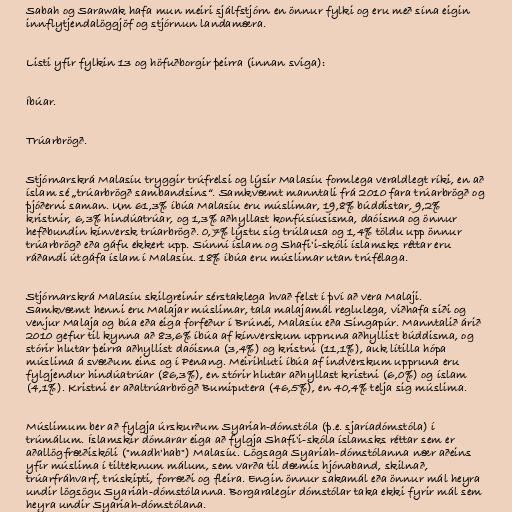
Sabah og Sarawak hafa mun meiri sjálfstjórn en önnur fylki og eru með sína eigin
innflytjendalöggjöf og stjórnun landamæra.

Listi yfir fylkin 13 og höfuðborgir þeirra (innan sviga):

Íbúar.

Trúarbrögð.

Stjórnarskrá Malasíu tryggir trúfrelsi og lýsir Malasíu formlega veraldlegt ríki, en að
íslam sé „trúarbrögð sambandsins“. Samkvæmt manntali frá 2010 fara trúarbrögð og
þjóðerni saman. Um 61,3% íbúa Malasíu eru múslimar, 19,8% búddistar, 9,2%
kristnir, 6,3% hindúatrúar, og 1,3% aðhyllast konfúsíusisma, daóisma og önnur
hefðbundin kínversk trúarbrögð. 0,7% lýstu sig trúlausa og 1,4% töldu upp önnur
trúarbrögð eða gáfu ekkert upp. Súnní íslam og Shafi'i-skóli íslamsks réttar eru
ráðandi útgáfa íslam í Malasíu. 18% íbúa eru múslimar utan trúfélaga.

Stjórnarskrá Malasíu skilgreinir sérstaklega hvað felst í því að vera Malaji.
Samkvæmt henni eru Malajar múslimar, tala malajamál reglulega, viðhafa siði og
venjur Malaja og búa eða eiga forfeður í Brúnei, Malasíu eða Singapúr. Manntalið árið
2010 gefur til kynna að 83,6% íbúa af kínverskum uppruna aðhyllist búddisma, og
stórir hlutar þeirra aðhyllist daóisma (3,4%) og kristni (11,1%), auk lítilla hópa
múslima á svæðum eins og í Penang. Meirihluti íbúa af indverskum uppruna eru
fylgjendur hindúatrúar (86,3%), en stórir hlutar aðhyllast kristni (6,0%) og íslam
(4,1%). Kristni er aðaltrúarbrögð Bumiputera (46,5%), en 40,4% telja sig múslima.

Múslimum ber að fylgja úrskurðum Syariah-dómstóla (þ.e. sjaríadómstóla) í
trúmálum. Íslamskir dómarar eiga að fylgja Shafi'i-skóla íslamsks réttar sem er
aðallögfræðiskóli ("madh'hab") Malasíu. Lögsaga Syariah-dómstólanna nær aðeins
yfir múslima í tilteknum málum, sem varða til dæmis hjónaband, skilnað,
trúarfráhvarf, trúskipti, forræði og fleira. Engin önnur sakamál eða önnur mál heyra
undir lögsögu Syariah-dómstólanna. Borgaralegir dómstólar taka ekki fyrir mál sem
heyra undir Syariah-dómstólana.